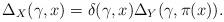
LaTeX: \begin{align*}\Delta_X(\gamma, x)=\delta(\gamma, x)\Delta_Y(\gamma,\pi(x)).\end{align*}